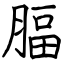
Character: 腷